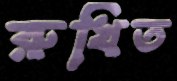
রুখিত